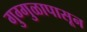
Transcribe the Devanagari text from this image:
गुग्गुळापासून